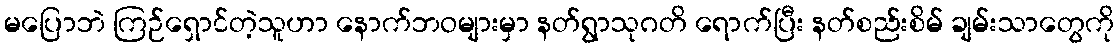
မပြောဘဲ ကြဉ်ရှောင်တဲ့သူဟာ နောက်ဘဝများမှာ နတ်ရွာသုဂတိ ရောက်ပြီး နတ်စည်းစိမ် ချမ်းသာတွေကို